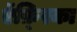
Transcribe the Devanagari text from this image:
ऍफ़्रिका